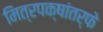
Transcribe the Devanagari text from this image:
मित्रपक्षांतर्फे